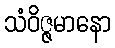
သံဝိဇ္ဇမာနော